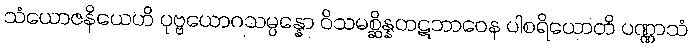
သံယောဇနိယေဟိ ပုဗ္ဗယောဂသမ္ပန္နော ဝိသမစ္ဆိန္နတဋဘာဝေန ပါစရိယောတိ ပဏ္ဏာသံ